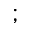
;